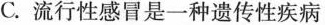
C.流行性感冒是一种遗传性疾病